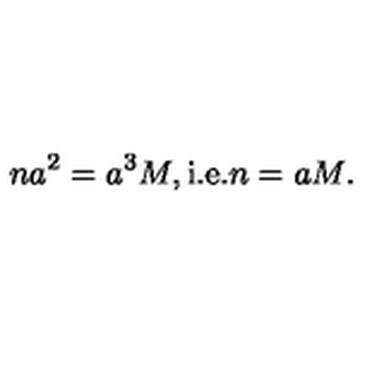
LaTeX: n a ^ { 2 } = a ^ { 3 } M , \mathrm { i . e . } n = a M .